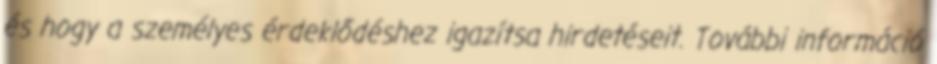
és hogy a személyes érdeklődéshez igazítsa hirdetéseit. További információ